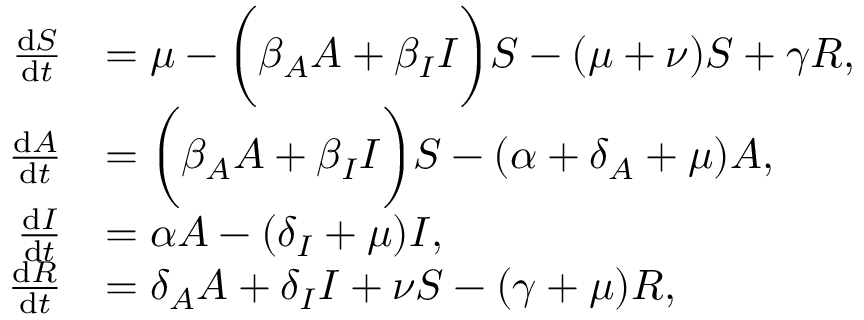
\begin{array} { r l } { \frac { \mathrm { d } S } { \mathrm { d } t } } & { = \mu - \bigg ( \beta _ { A } A + \beta _ { I } I \bigg ) S - ( \mu + \nu ) S + \gamma R , } \\ { \frac { \mathrm { d } A } { \mathrm { d } t } } & { = \bigg ( \beta _ { A } A + \beta _ { I } I \bigg ) S - ( \alpha + \delta _ { A } + \mu ) A , } \\ { \frac { \mathrm { d } I } { \mathrm { d } t } } & { = \alpha A - ( \delta _ { I } + \mu ) I , } \\ { \frac { \mathrm { d } R } { \mathrm { d } t } } & { = \delta _ { A } A + \delta _ { I } I + \nu S - ( \gamma + \mu ) R , } \end{array}